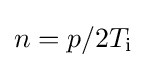
n=p/2T_{\mathrm {i} }